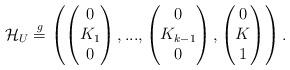
LaTeX: \begin{align*}\mathcal{H}_U \stackrel{g}{=} \left(\begin{pmatrix} 0 \\ K_1 \\ 0 \end{pmatrix},...,\begin{pmatrix} 0 \\ K_{k-1} \\ 0 \end{pmatrix}, \begin{pmatrix} 0 \\ K \\ 1 \end{pmatrix} \right). \end{align*}